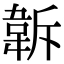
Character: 𩎚